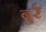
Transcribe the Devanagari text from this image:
बुर्र